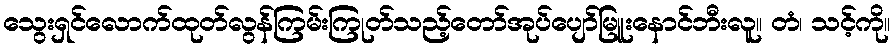
သွေးရှင်လောက်ထုတ်လွန်ကြမ်းကြုတ်သည့်တော်အုပ်ပျော်မြူးနောင်ဘီးလူ။ တံ၊ သင့်ကို။